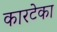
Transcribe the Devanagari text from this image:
कारटेका